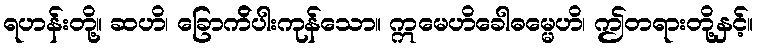
ရဟန်းတို့။ ဆဟိ၊ ခြောက်ိပါးကုန်သော။ ဣမေဟိခေါဓမ္မေဟိ၊ ဤတရားတို့နှင့်။